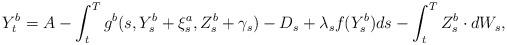
LaTeX: \begin{align*} Y^b_t=A-\int_t^Tg^b(s,Y^b_s+\xi_s^a ,Z^b_s+\gamma_s)-D_s +\lambda_s f(Y^b_s) ds-\int_t^T Z^b_s\cdot dW_s,\end{align*}